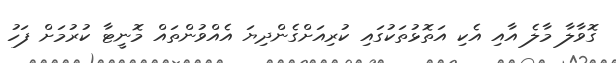
ގޮވާލާ މާލެ އާއި އެކި އަތޮޅުތަކުގައި ކުރިއަށްގެންދިޔަ އެއްވުންތައް މޮނީޓާ ކުރުމަށް ފަހު